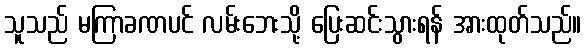
သူသည် မကြာခဏပင် လမ်းဘေးသို့ ပြေးဆင်းသွားရန် အားထုတ်သည်။